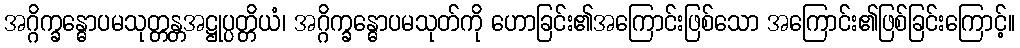
အဂ္ဂိက္ခန္ဓောပမသုတ္တန္တအဋ္ဌုပ္ပတ္တိယံ၊ အဂ္ဂိက္ခန္ဓောပမသုတ်ကို ဟောခြင်း၏အကြောင်းဖြစ်သော အကြောင်း၏ဖြစ်ခြင်းကြောင့်။